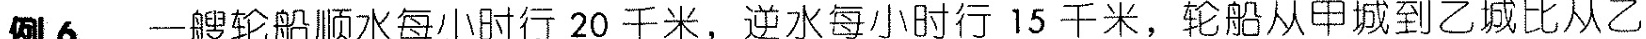
例6 一艘轮船顺水每小时行20千米，逆水每小时行15千米，轮船从甲城到乙城比从乙